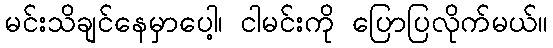
မင်းသိချင်နေမှာပေါ့၊ ငါမင်းကို ပြောပြလိုက်မယ်။